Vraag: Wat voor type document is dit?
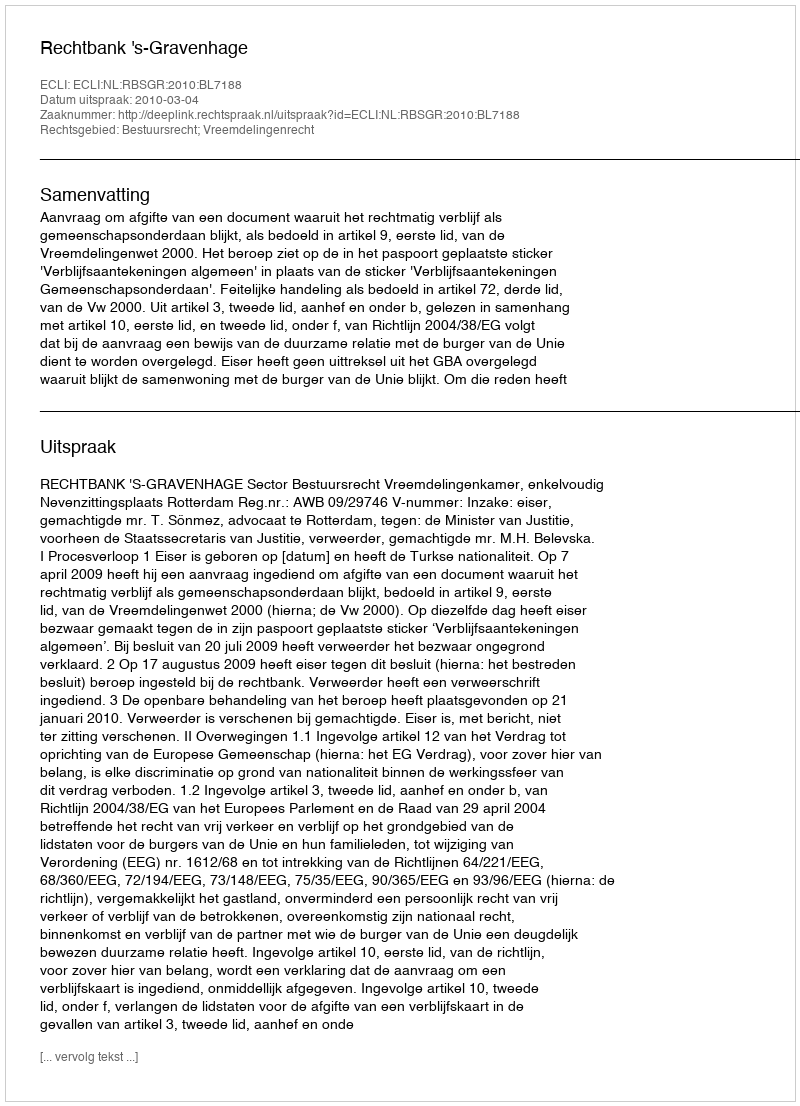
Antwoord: Uitspraak